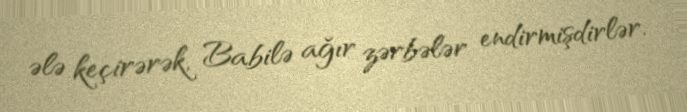
ələ keçirərək, Babilə ağır zərbələr endirmişdirlər.